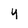
Character: y